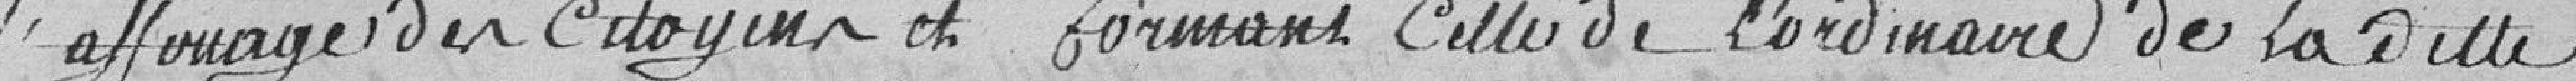
l'affouage des Citoyens et formant celle de l'ordinaire de la dite